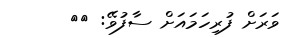
ވަރަށް ފުރިހަމައަށް ސާފުވޭ: {{